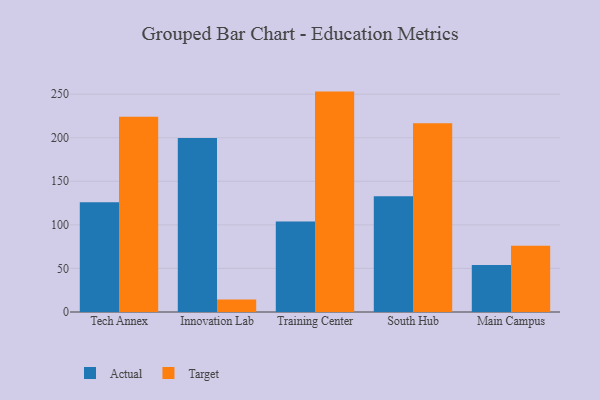
{"axis": {"x": "Campus", "y": "Satisfaction Score"}, "legend": ["Actual", "Target"], "data": [{"x": "Tech Annex", "y": 126.0, "type": "Actual"}, {"x": "Tech Annex", "y": 224.1, "type": "Target"}, {"x": "Innovation Lab", "y": 199.7, "type": "Actual"}, {"x": "Innovation Lab", "y": 14.3, "type": "Target"}, {"x": "Training Center", "y": 103.8, "type": "Actual"}, {"x": "Training Center", "y": 252.9, "type": "Target"}, {"x": "South Hub", "y": 132.9, "type": "Actual"}, {"x": "South Hub", "y": 216.6, "type": "Target"}, {"x": "Main Campus", "y": 53.9, "type": "Actual"}, {"x": "Main Campus", "y": 76.1, "type": "Target"}]}